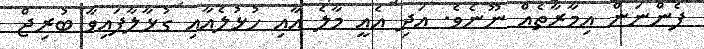
ފެންނަން އިމާރާތެއް ނޫނެވެ. އަދި އެއީ މާލެ އާއި ހުޅުލެއާއި ގުޅާލާފައިވާ ބުރިޖް